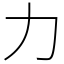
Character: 力